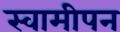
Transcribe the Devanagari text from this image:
स्वामीपन